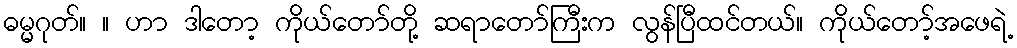
ဓမ္မဂုတ်။ ။ ဟာ ဒါတော့ ကိုယ်တော်တို့ ဆရာတော်ကြီးက လွန်ပြီထင်တယ်။ ကိုယ်တော့်အဖေရဲ့